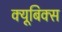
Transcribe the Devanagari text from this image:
क्यूबिक्स